Indian journal of veterinary science and animal husbandry - Volume 8,
Year: 1938
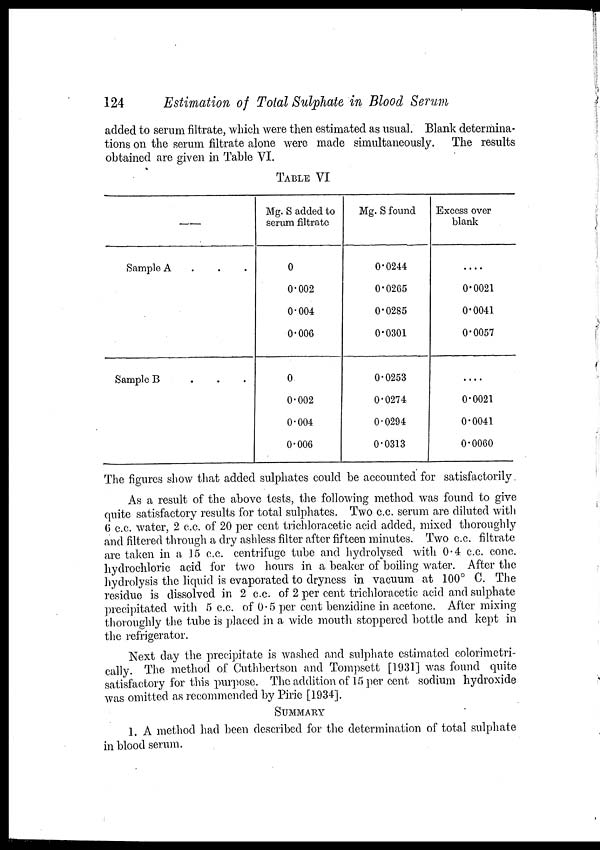
124
Estimation of Total Sulphate in Blood Serum
added to serum filtrate, which were then estimated as usual. Blank determina-
tions on the serum filtrate alone were made simultaneously. The results
obtained are given in Table VI.
TABLE VI
—
Sample A . . .
Sample B . . .
Mg. S added to
serum filtrate
0
0.002
0.004
0.006
0
0.002
0.004
0.006
Mg. S found
0.0244
0.0265
0.0285
0.0301
0.0253
0.0274
0.0294
0.0313
Excess over
blank
....
0.0021
0.0041
0.0057
...
0.0021
0.0041
0.0060
The figures show that added sulphates could be accounted for satisfactorily
As a result of the above tests, the following method was found to give
quite satisfactory results for total sulphates. Two c.c. serum are diluted with
6 c.c. water, 2 c.c. of 20 per cent trichloracetic acid added, mixed thoroughly
and filtered through a dry ashless filter after fifteen minutes. Two c.c. filtrate
are taken in a 15 c.c. centrifuge tube and hydrolysed with 0.4 c.c. conc,
hydrochloric acid for two hours in a beaker of boiling water. After the
hydrolysis the liquid is evaporated to dryness in vacuum at 100° C. The
residue is dissolved in 2 c.c. of 2 per cent trichloracetic acid and sulphate
precipitated with 5 c.c. of 0.5 per cent benzidine in acetone. After mixing
thoroughly the tube is placed in a wide mouth stoppered bottle and kept in
the refrigerator.
Next day the precipitate is washed and sulphate estimated colorimetri-
cally. The method of Cuthbertson and Tompsett [1931] was found quite
satisfactory for this purpose. The addition of 15 per cent sodium hydroxide
was omitted as recommended by Pirie [1934].
SUMMARY
1. A method had been described for the determination of total sulphate
in blood serum.